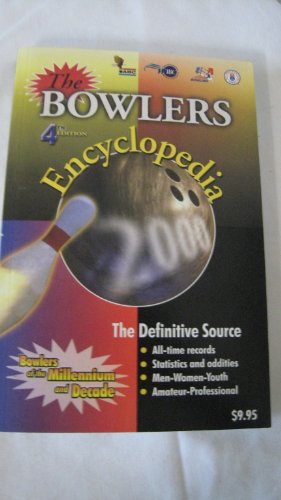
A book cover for The Bowlers Encyclopedia; Sports & Outdoors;